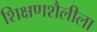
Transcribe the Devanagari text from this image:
शिक्षणशैलीला